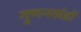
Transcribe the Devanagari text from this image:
गुणनखंडों